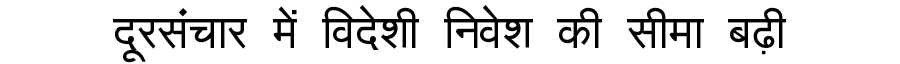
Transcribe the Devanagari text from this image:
दूरसंचार में विदेशी निवेश की सीमा बढ़ी